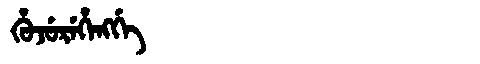
Manchu: ᡥᡠᠵᡠᡵᡝᡥᡝᠩᡤᡝ
Romanization: HUJUREHENGGE